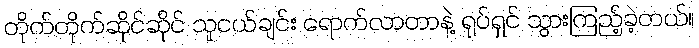
တိုက်တိုက်ဆိုင်ဆိုင် သူငယ်ချင်း ရောက်လာတာနဲ့ ရုပ်ရှင် သွားကြည့်ခဲ့တယ်။